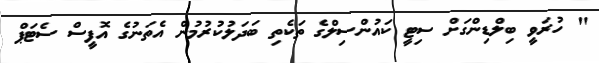
" ހުރަވީ ބިލްޑިންގަށް ސިޓީ ކައުންސިލްގެ ތަކެތި ބަދަލުކުރުމުން އެތަނުގެ އޮފީސް ސެޓަޕް